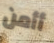
أأمن